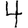
Digit: 4